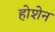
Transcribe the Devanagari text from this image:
होशेन